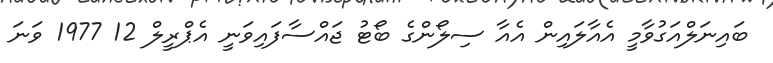
ބައިނަލްއަގުވާމީ އެއާލައިން އެއާ ސިލޯންގެ ބޯޓު ޖައްސާފައިވަނީ އެޕްރީލް 12 1977 ވަނަ